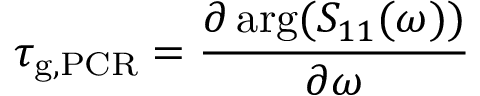
\tau _ { \mathrm { g , P C R } } = \frac { \partial \arg ( S _ { 1 1 } ( \omega ) ) } { \partial \omega }